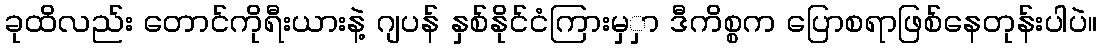
ခုထိလည်း တောင်ကိုရီးယားနဲ့ ဂျပန် နှစ်နိုင်ငံကြားမှှာ ဒီကိစ္စက ပြောစရာဖြစ်နေတုန်းပါပဲ။